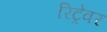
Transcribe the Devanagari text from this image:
रिट्रेवर